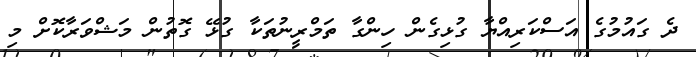
ދެ ގައުމުގެ އަސްކަރިއްޔާ ގުޅިގެން ހިންގާ ތަމްރީނުތަކާ ގުޅޭ ގޮތުން މަޝްވަރާކޮށް މި